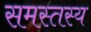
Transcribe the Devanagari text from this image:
समस्तस्य